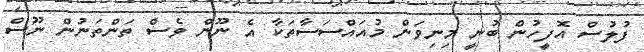
ފުލުސް އޮފީހުން ބުނީ މިނިވަން މުއައްސަސާތަކާ އެ ނޫން ވެސް ތަންތަނުން ނޫސް